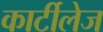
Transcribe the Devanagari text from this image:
कार्टीलेज